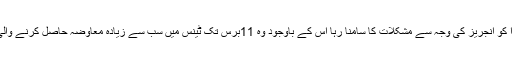
اپنے کرئیر میں شراپوا کو انجریز کی وجہ سے مشکلات کا سامنا رہا اس کے باوجود وہ 11برس تک ٹینس میں سب سے زیادہ معاوضہ حاصل کرنے والی خاتون کھلاڑی رہیں۔